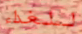
للغداء